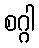
စဂ္ဂါ